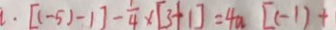
[ ( - 5 ) - 1 ] - \frac { 1 } { 4 } \times [ 3 + 1 ] = 4 a [ ( - 1 ) +